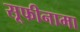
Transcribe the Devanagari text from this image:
सूफीनामा